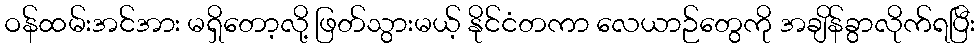
ဝန်ထမ်းအင်အား မရှိတော့လို့ ဖြတ်သွားမယ့် နိုင်ငံတကာ လေယာဉ်တွေကို အချိန်ခွာလိုက်ရပြီး